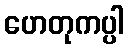
ဟေတုကပ္ပါ